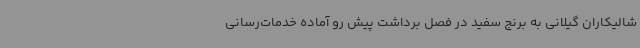
شالیکاران گیلانی به برنج سفید در فصل برداشت پیش رو آماده خدمات‌رسانی